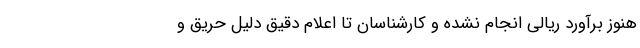
هنوز برآورد ریالی انجام نشده و کارشناسان تا اعلام دقیق دلیل حریق و